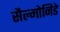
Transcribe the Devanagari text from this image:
सैल्मोनिडे